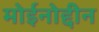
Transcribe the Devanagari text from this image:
मोईनोद्दीन